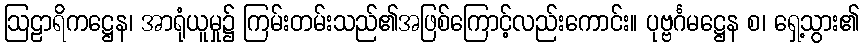
ဩဠာရိကဋ္ဌေန၊ အာရုံယူမှု၌ ကြမ်းတမ်းသည်၏အဖြစ်ကြောင့်လည်းကောင်း။ ပုဗ္ဗင်္ဂမဋ္ဌေန စ၊ ရှေ့သွား၏